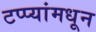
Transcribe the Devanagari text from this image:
टप्प्यांमधून